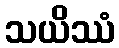
သယိဿံ